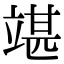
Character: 𥪘